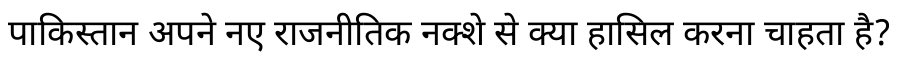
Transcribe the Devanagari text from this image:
पाकिस्तान अपने नए राजनीतिक नक्शे से क्या हासिल करना चाहता है?